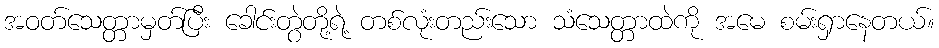
အဝတ်သေတ္တာမှတ်ပြီး ခေါင်းတွဲတို့ရဲ့ တစ်လုံးတည်းသော သံသေတ္တာထဲကို အမေ စမ်းရှာနေတယ်။